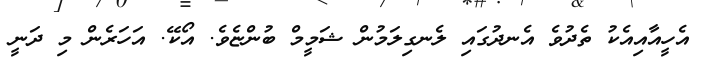
އެހީއާއިއެކު ތެދުވެ އެނދުގައި ލެނގިލަމުން ޝަމީމް ބުންޏެވެ. އޯކޭ. އަހަރެން މި ދަނީ